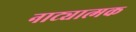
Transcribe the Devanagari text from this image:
नाट्यात्मक